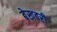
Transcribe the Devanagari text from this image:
बेखबरी